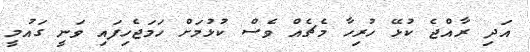
އަދި ރާއްޖެ ކުޅޭ ހުރިހާ މެޗެއް ވެސް ކުޅުމަށް ހަމަޖެހިފައި ވަނީ ގައުމީ